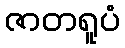
ဇာတရူပံ